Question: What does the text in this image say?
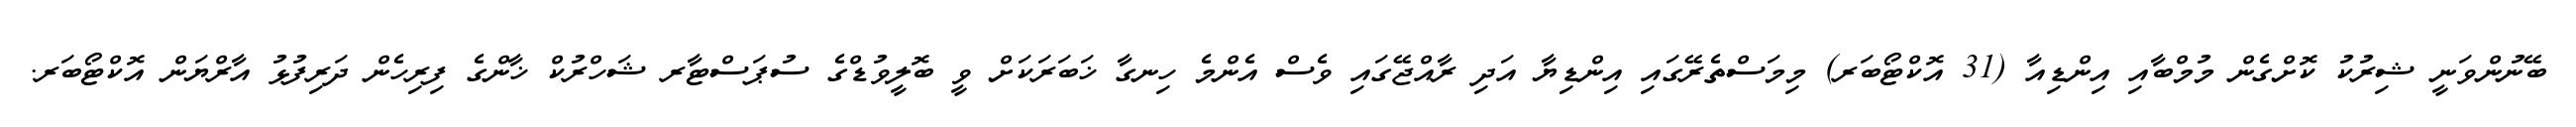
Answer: ބޭނުންވަނީ ޝިރުކު ކޮށްގެން މުމްބާއި އިންޑިއާ (31 އޮކްޓޯބަރ) މިމަސްތެރޭގައި އިންޑިޔާ އަދި ރާއްޖޭގައި ވެސް އެންމެ ހިނގާ ޚަބަރަކަށް ވީ ބޮލީވުޑްގެ ސުޕަސްޓާރ ޝަހްރުކް ޚާންގެ ފިރިހެން ދަރިފުޅު އާރްޔަން އޮކްޓޯބަރ.